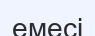
емесі